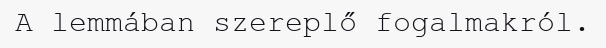
A lemmában szereplő fogalmakról.